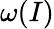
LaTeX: \omega(I)